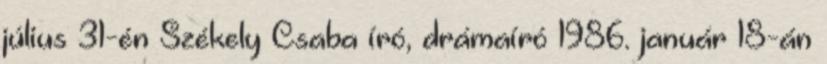
július 31-én Székely Csaba író, drámaíró 1986. január 18-án